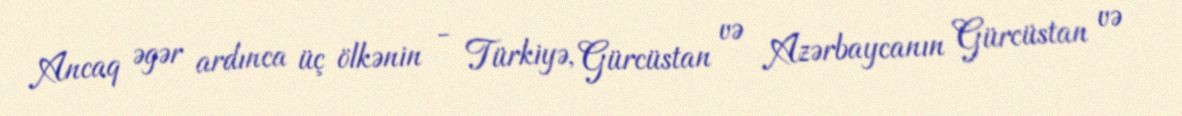
Ancaq əgər ardınca üç ölkənin - Türkiyə, Gürcüstan və Azərbaycanın Gürcüstan və